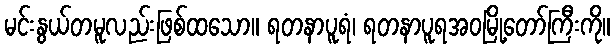
မင်းနွယ်တမူလည်းဖြစ်ထသော။ ရတနာပူရံ၊ ရတနာပူရအဝမြို့တော်ကြီးကို။